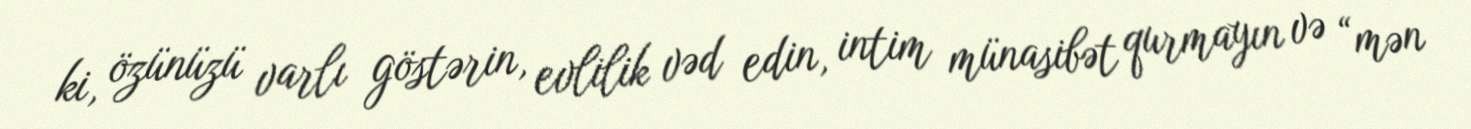
ki, özünüzü varlı göstərin, evlilik vəd edin, intim münasibət qurmayın və “mən